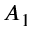
A _ { 1 }